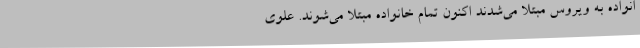
انواده به ویروس مبتلا می‌شدند اکنون تمام خانواده مبتلا می‌شوند. علوی